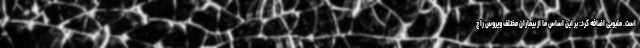
است. ملبوبی اضافه کرد: بر این اساس ما از بیماران مختلف ویروس را ج